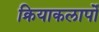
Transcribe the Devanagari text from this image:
क्रियाकलापोँ